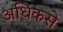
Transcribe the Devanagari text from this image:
अधिकसे